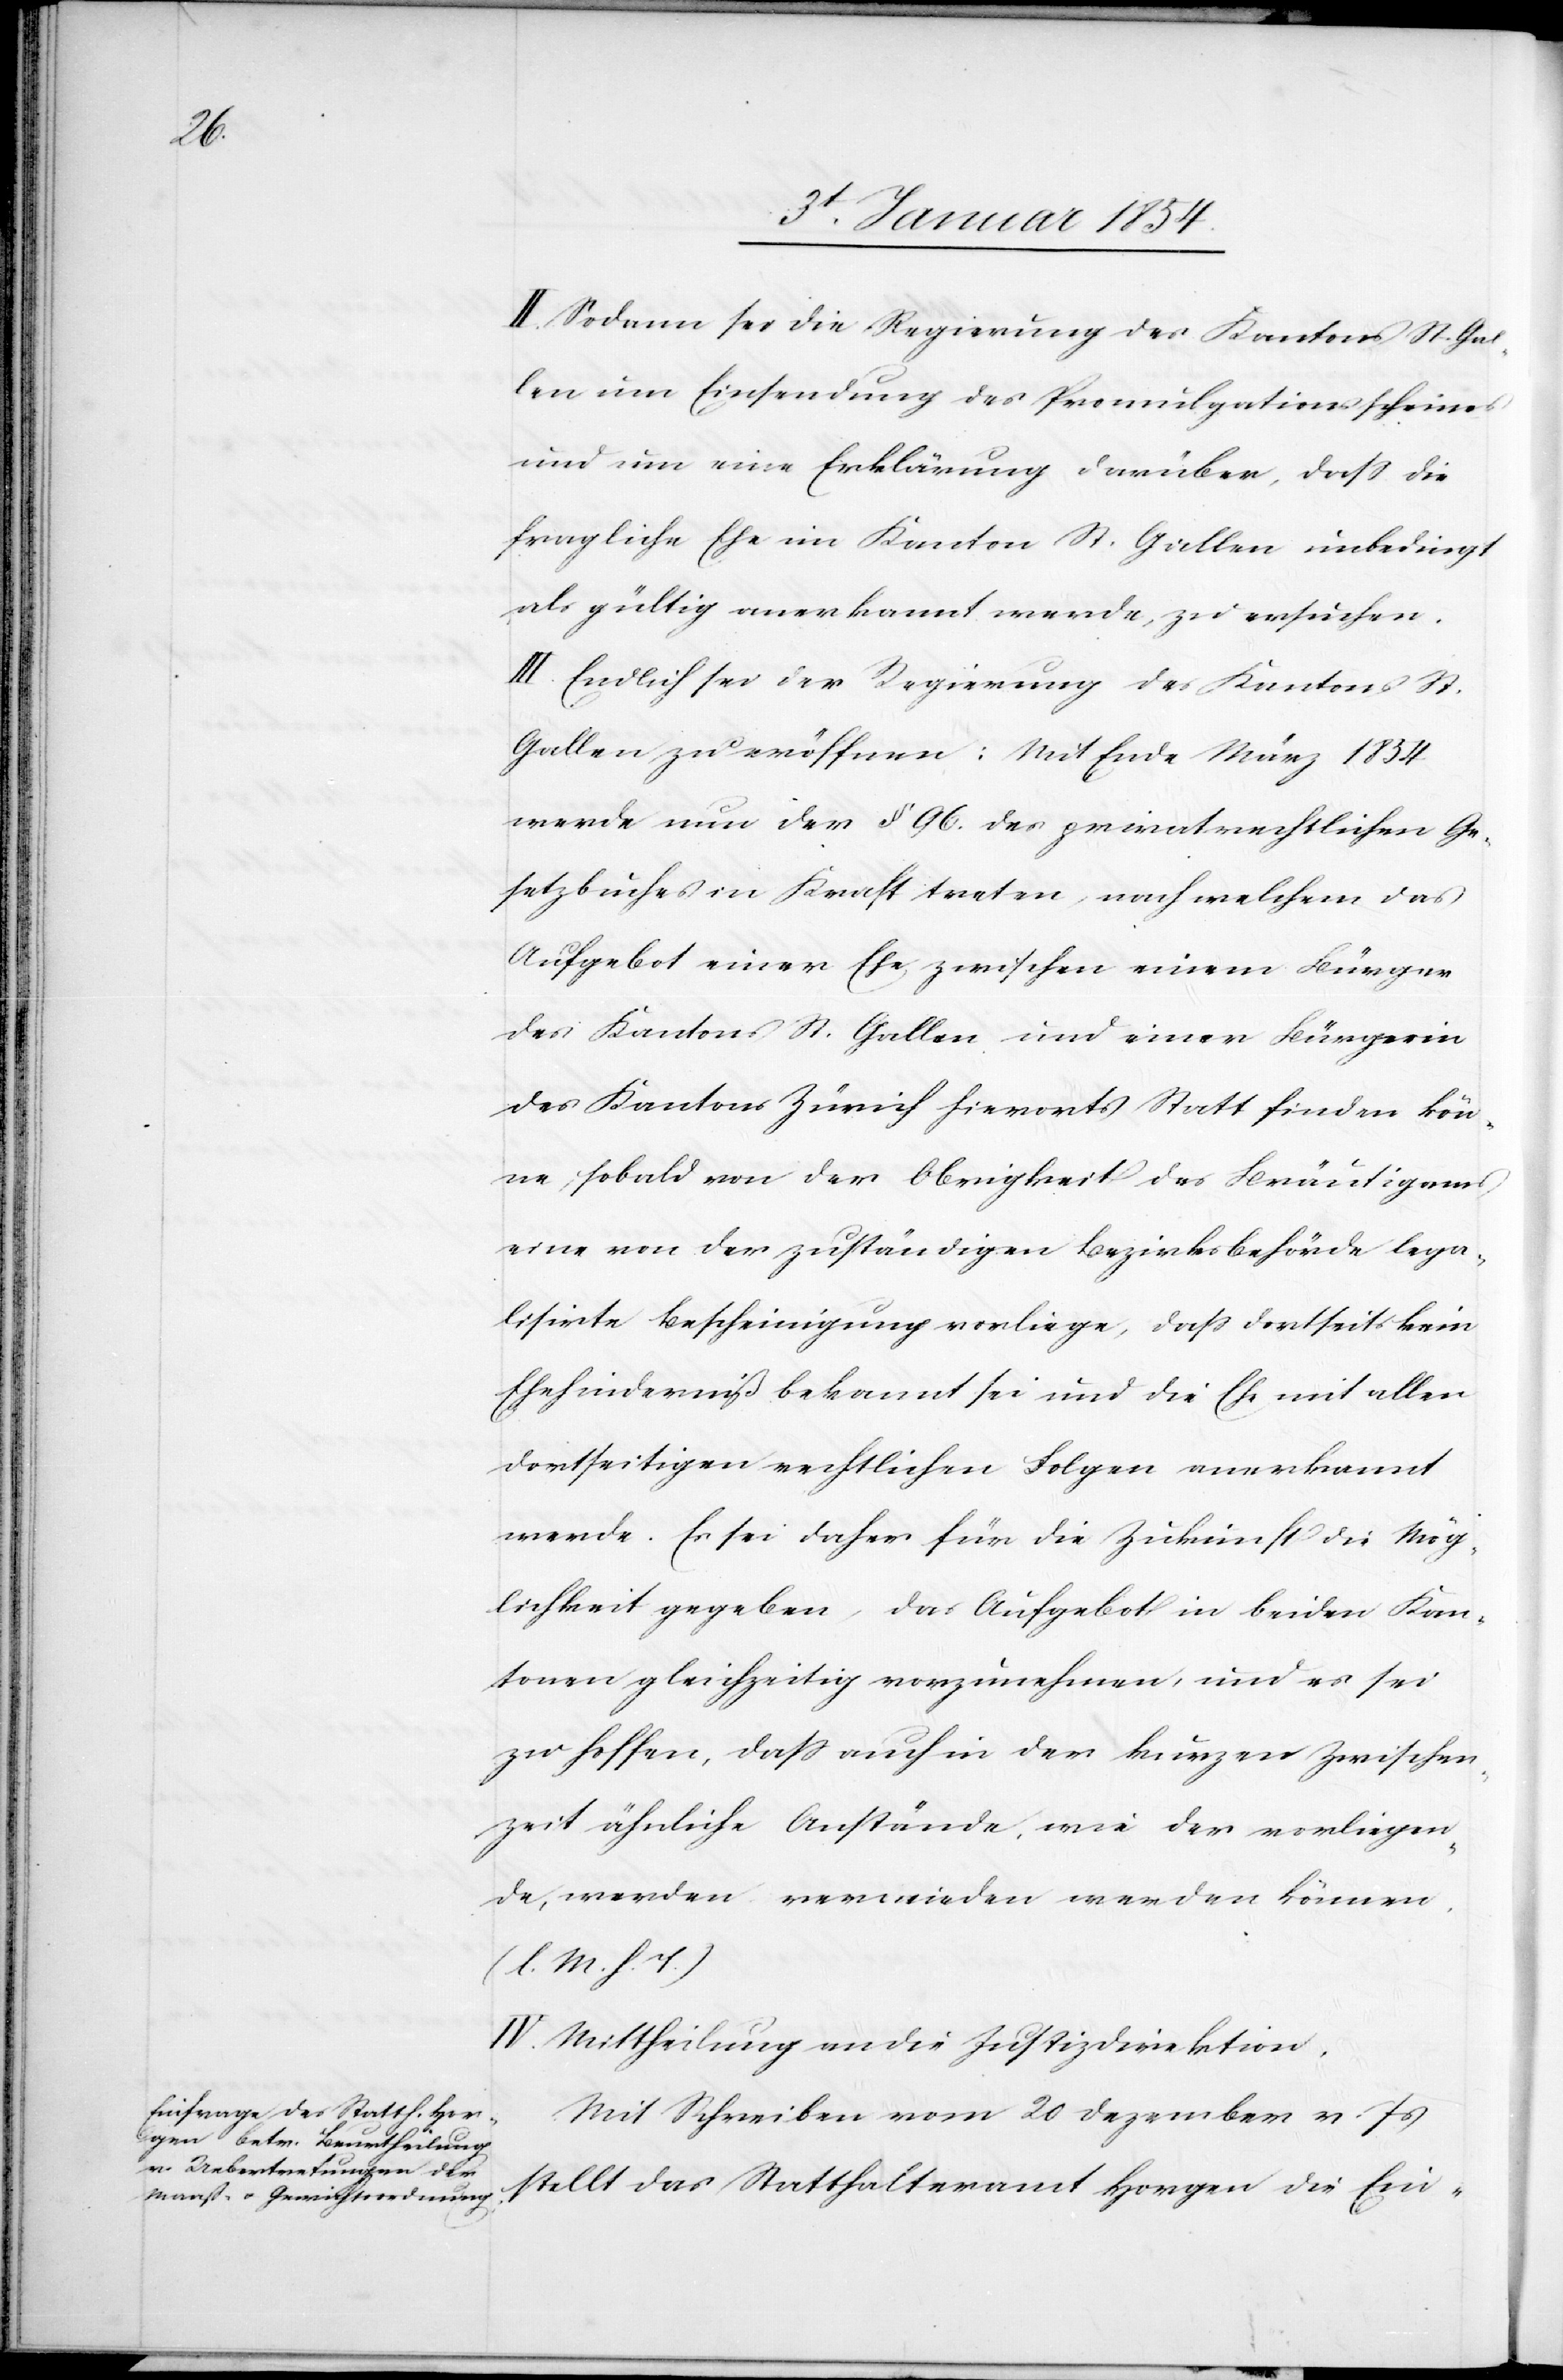
II. Sodann sei die Regierung des Kantons St. Gal¬
len um Einsendung des Promulgationsscheines
und um eine Erklärung darüber, daß die
fragliche Ehe im Kanton St. Gallen unbedingt
als gültig anerkannt werde, zu ersuchen.
II. Endlich sei der Regierung des Kantons St.
Gallen zu eröffnen: Mit Ende März 1854
werde nun der § 96. der privatrechtlichen Ge¬
setzbuches in Kraft treten, nach welchem das
Aufgebot einer Ehe zwischen einem Bürger
des Kantons St. Gallen und einer Bürgerin
des Kantons Zürich hierorts Statt finden kön¬
ne, sobald von der Obrigkeit des Bräutigams
eine von der zuständigen Bezirksbehörde lega¬
lisirte Bescheinigung vorliege, daß dortseits kein
Ehehinderniß bekannt sei und die Ehe mit allen
dortseitigen rechtlichen Folgen anerkannt
werde. Es sei daher für die Zukunft die Mög¬
lichkeit gegeben, das Aufgebot in beiden Kan¬
tonen gleichzeitig vorzunehmen, und es sei
zu hoffen, daß auch in der kurzen Zwischen¬
zeit ähnliche Anstände, wie der vorliegen¬
de, werden vermieden werden können.
(l. M. h. T.)
IV. Mittheilung an die Justizdirektion.
Mit Schreiben vom 20 Dezember v Js
stellt das Statthalteramt Horgen die Ein-